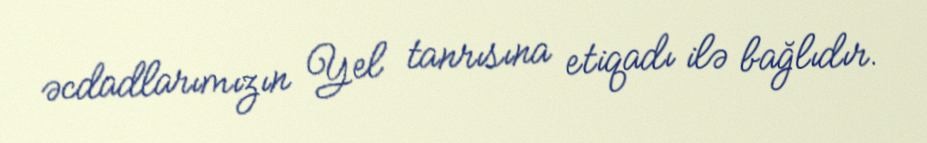
əcdadlarımızın Yel tanrısına etiqadı ilə bağlıdır.